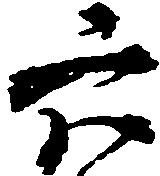
六